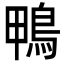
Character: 鴨